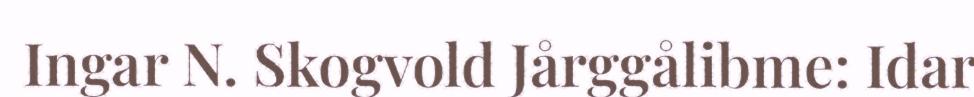
Ingar N. Skogvold Jårggålibme: Idar